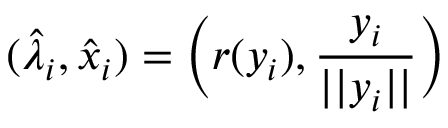
( \hat { \lambda } _ { i } , \hat { x } _ { i } ) = \bigg ( r ( y _ { i } ) , \frac { y _ { i } } { \vert \vert y _ { i } \vert \vert } \bigg )